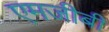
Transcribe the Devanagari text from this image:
एमजीबी